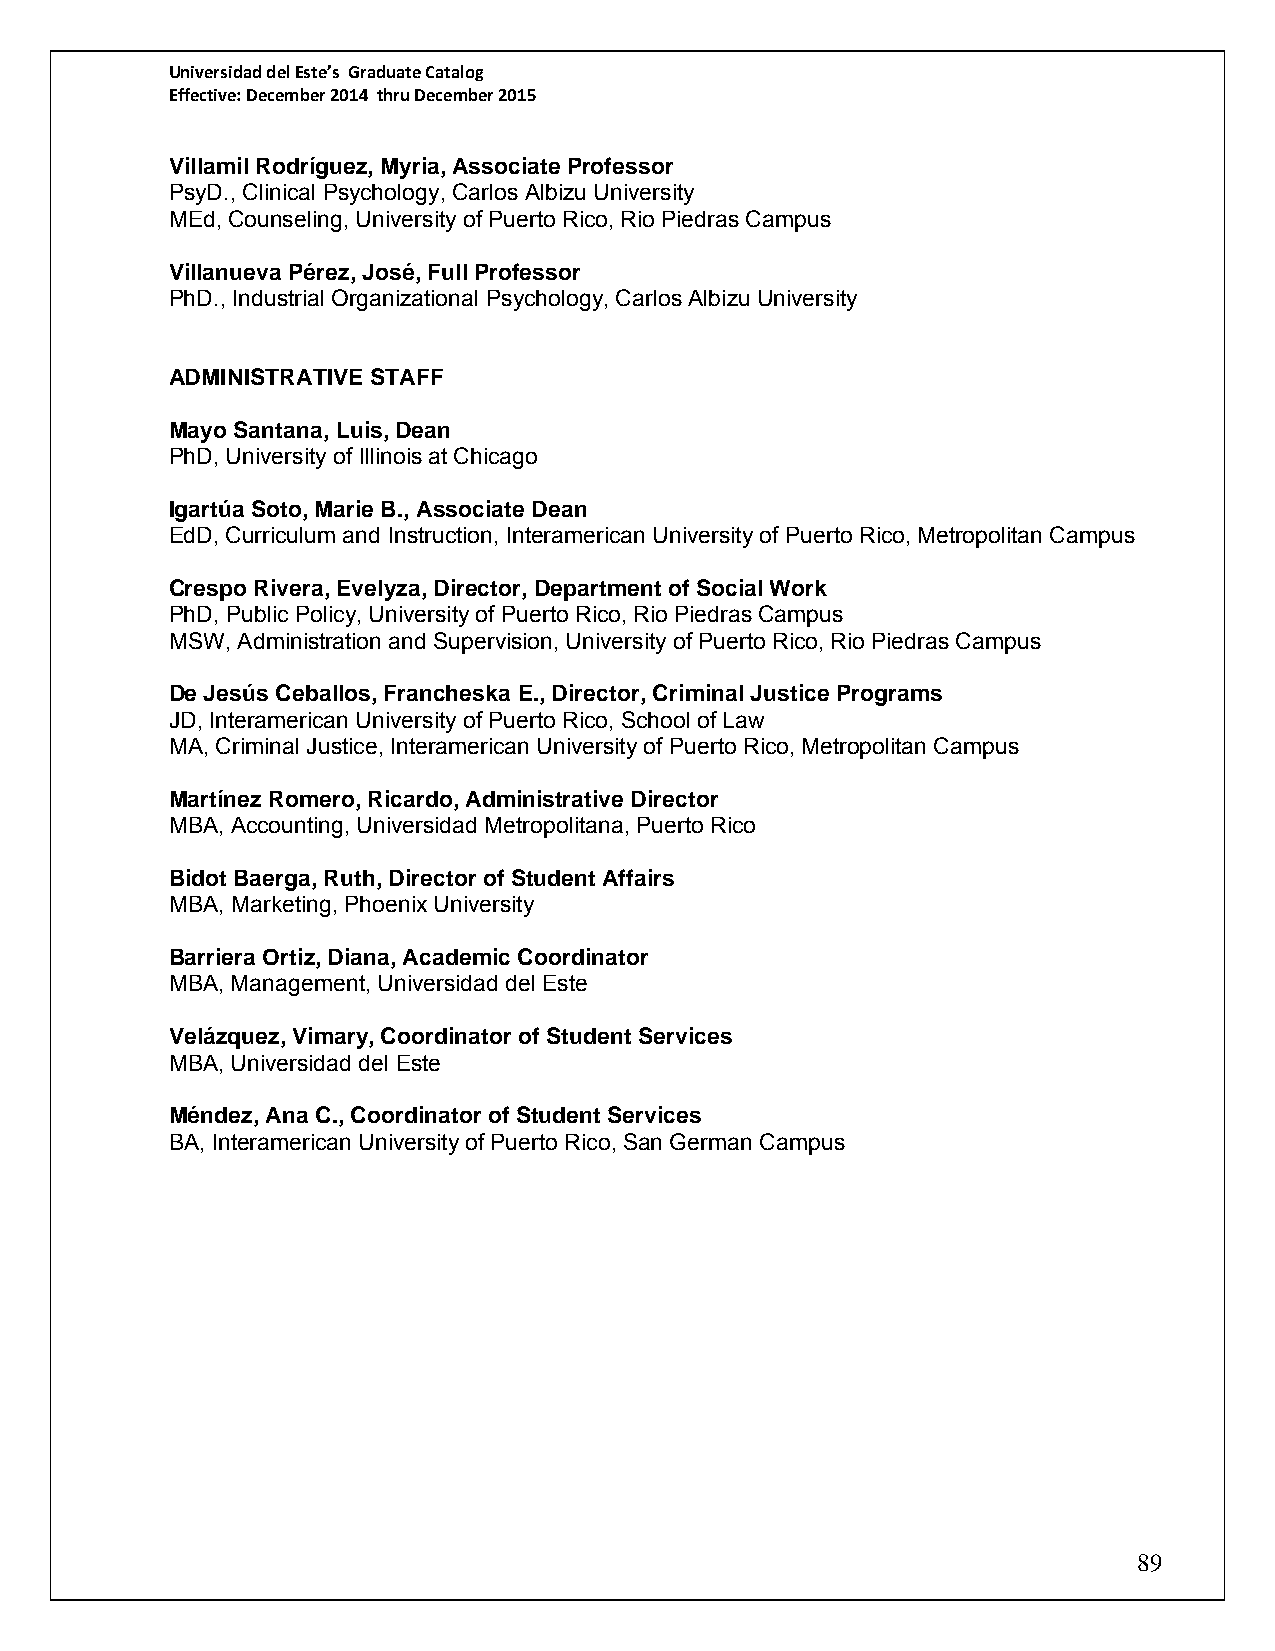
Universidad del Este’s Graduate Catalog
 Effective: December 2014 thru December 2015
 Villamil Rodríguez, Myria, Associate Professor
 PsyD., Clinical Psychology, Carlos Albizu University
 MEd, Counseling, University of Puerto Rico, Rio Piedras Campus
 Villanueva Pérez, José, Full Professor
 PhD., Industrial Organizational Psychology, Carlos Albizu University
 ADMINISTRATIVE STAFF
 Mayo Santana, Luis, Dean
 PhD, University of Illinois at Chicago
 Igartúa Soto, Marie B., Associate Dean
 EdD, Curriculum and Instruction, Interamerican University of Puerto Rico, Metropolitan Campus
 Crespo Rivera, Evelyza, Director, Department of Social Work
 PhD, Public Policy, University of Puerto Rico, Rio Piedras Campus
 MSW, Administration and Supervision, University of Puerto Rico, Rio Piedras Campus
 De Jesús Ceballos, Francheska E., Director, Criminal Justice Programs
 JD, Interamerican University of Puerto Rico, School of Law
 MA, Criminal Justice, Interamerican University of Puerto Rico, Metropolitan Campus
 Martínez Romero, Ricardo, Administrative Director
 MBA, Accounting, Universidad Metropolitana, Puerto Rico
 Bidot Baerga, Ruth, Director of Student Affairs
 MBA, Marketing, Phoenix University
 Barriera Ortiz, Diana, Academic Coordinator
 MBA, Management, Universidad del Este
 Velázquez, Vimary, Coordinator of Student Services
 MBA, Universidad del Este
 Méndez, Ana C., Coordinator of Student Services
 BA, Interamerican University of Puerto Rico, San German Campus
 89